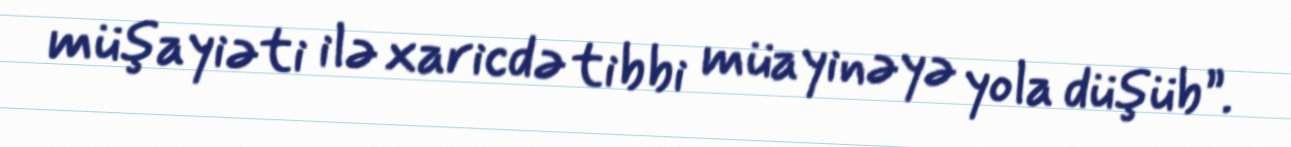
müşayiəti ilə xaricdə tibbi müayinəyə yola düşüb”.